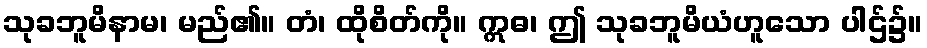
သုခဘူမိနာမ၊ မည်၏။ တံ၊ ထိုစိတ်ကို။ ဣဓ၊ ဤ သုခဘူမိယံဟူသော ပါဌ်၌။